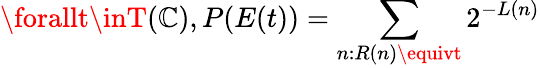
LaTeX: \forallt\inT(\mathbb{C}),P(E(t))=\sum_{n:R(n)\equivt}2^{-L(n)}